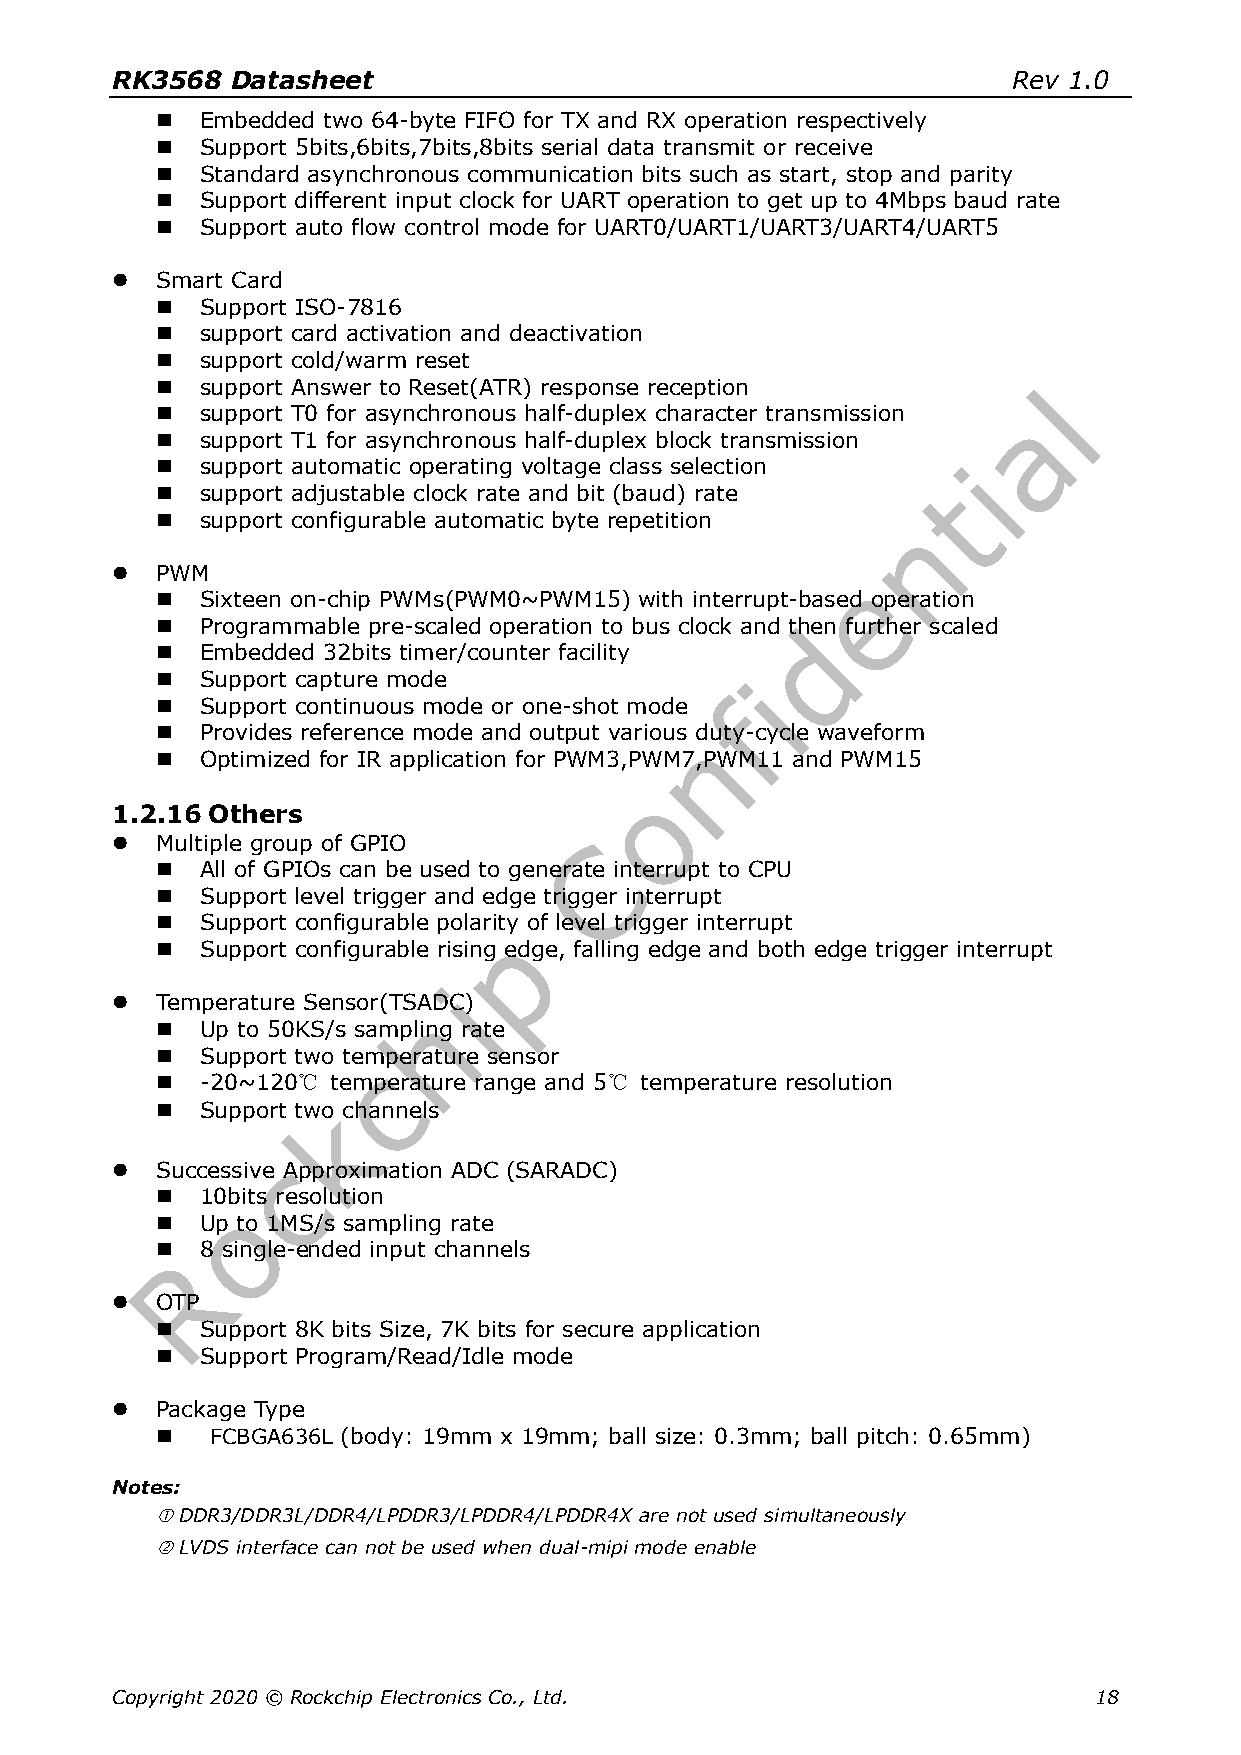
RK3568  Datasheet                                           Rev 1.0
   Embedded two 64-byte FIFO for TX and RX operation respectively
   Support 5bits,6bits,7bits,8bits serial data transmit or receive
   Standard asynchronous communication bits such as start, stop and parity
   Support different input clock for UART operation to get up to 4Mbps baud rate
   Support auto flow control mode for UART0/UART1/UART3/UART4/UART5
   Smart Card
   Support ISO-7816
   support card activation and deactivation
   support cold/warm reset
   support Answer to Reset(ATR) response reception
   support T0 for asynchronous half-duplex character transmission
   support T1 for asynchronous half-duplex block transmission
   support automatic operating voltage class selection
   support adjustable clock rate and bit (baud) rate
   support configurable automatic byte repetition
   PWM
   Sixteen on-chip PWMs(PWM0~PWM15) with interrupt-based operation
   Programmable pre-scaled operation to bus clock and then further scaled
   Embedded 32bits timer/counter facility
   Support capture mode
   Support continuous mode or one-shot mode
   Provides reference mode and output various duty-cycle waveform
   Optimized for IR application for PWM3,PWM7,PWM11 and PWM15
 1.2.16 Others
   Multiple group of GPIO
   All of GPIOs can be used to generate interrupt to CPU
   Support level trigger and edge trigger interrupt
   Support configurable polarity of level trigger interrupt
   Support configurable rising edge, falling edge and both edge trigger interrupt
   Temperature Sensor(TSADC)
   Up to 50KS/s sampling rate
   Support two temperature sensor
   -20~120℃ temperature range and 5℃ temperature resolution
   Support two channels
   Successive Approximation ADC (SARADC)
   10bits resolution
   Up to 1MS/s sampling rate
   8 single-ended input channels
   OTP
   Support 8K bits Size, 7K bits for secure application
   Support Program/Read/Idle mode
   Package Type
    FCBGA636L (body: 19mm x 19mm; ball size: 0.3mm; ball pitch: 0.65mm)
 Notes:
  DDR3/DDR3L/DDR4/LPDDR3/LPDDR4/LPDDR4X are not used simultaneously
  LVDS interface can not be used when dual-mipi mode enable
 Copyright 2020 © Rockchip Electronics Co., Ltd.                  18